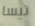
تيسا